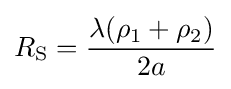
R_{\rm {S}}={\frac {\lambda (\rho _{1}+\rho _{2})}{2a}}